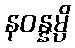
နဝန္နမ္ပိ